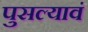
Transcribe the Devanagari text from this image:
पुसल्यावं